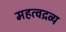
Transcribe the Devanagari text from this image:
महत्वद्रव्य